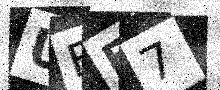
Text: UEE7